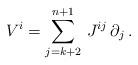
LaTeX: \begin{align*}V^i = \sum_{j=k+2}^{n+1} \, J^{ij} \, \partial_j \, .\end{align*}